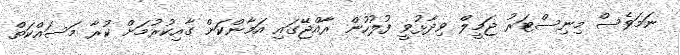
ނަމަވެސް މިނިސްޓަރު ޖަމީލް ވިދާޅުވީ ފުލުހުން ރާއްޖޭގައި އަމާންކަން ގާއިކުރުމަށް ކުރާ މަސައްކަތް